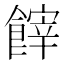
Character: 𩝪